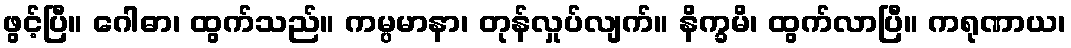
ဖွင့်ပြီ။ ဂေါဓာ၊ ထွက်သည်။ ကမ္ပမာနာ၊ တုန်လှုပ်လျက်။ နိက္ခမိ၊ ထွက်လာပြီ။ ကရုဏာယ၊